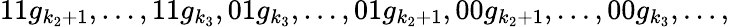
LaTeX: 11g_{k_{2}+1},\ldots,11g_{k_{3}},01g_{k_{3}},\ldots,01g_{k_{2}+1},00g_{k_{2}+1},\ldots,00g_{k_{3}},\ldots,